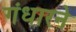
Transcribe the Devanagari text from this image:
गंधारने